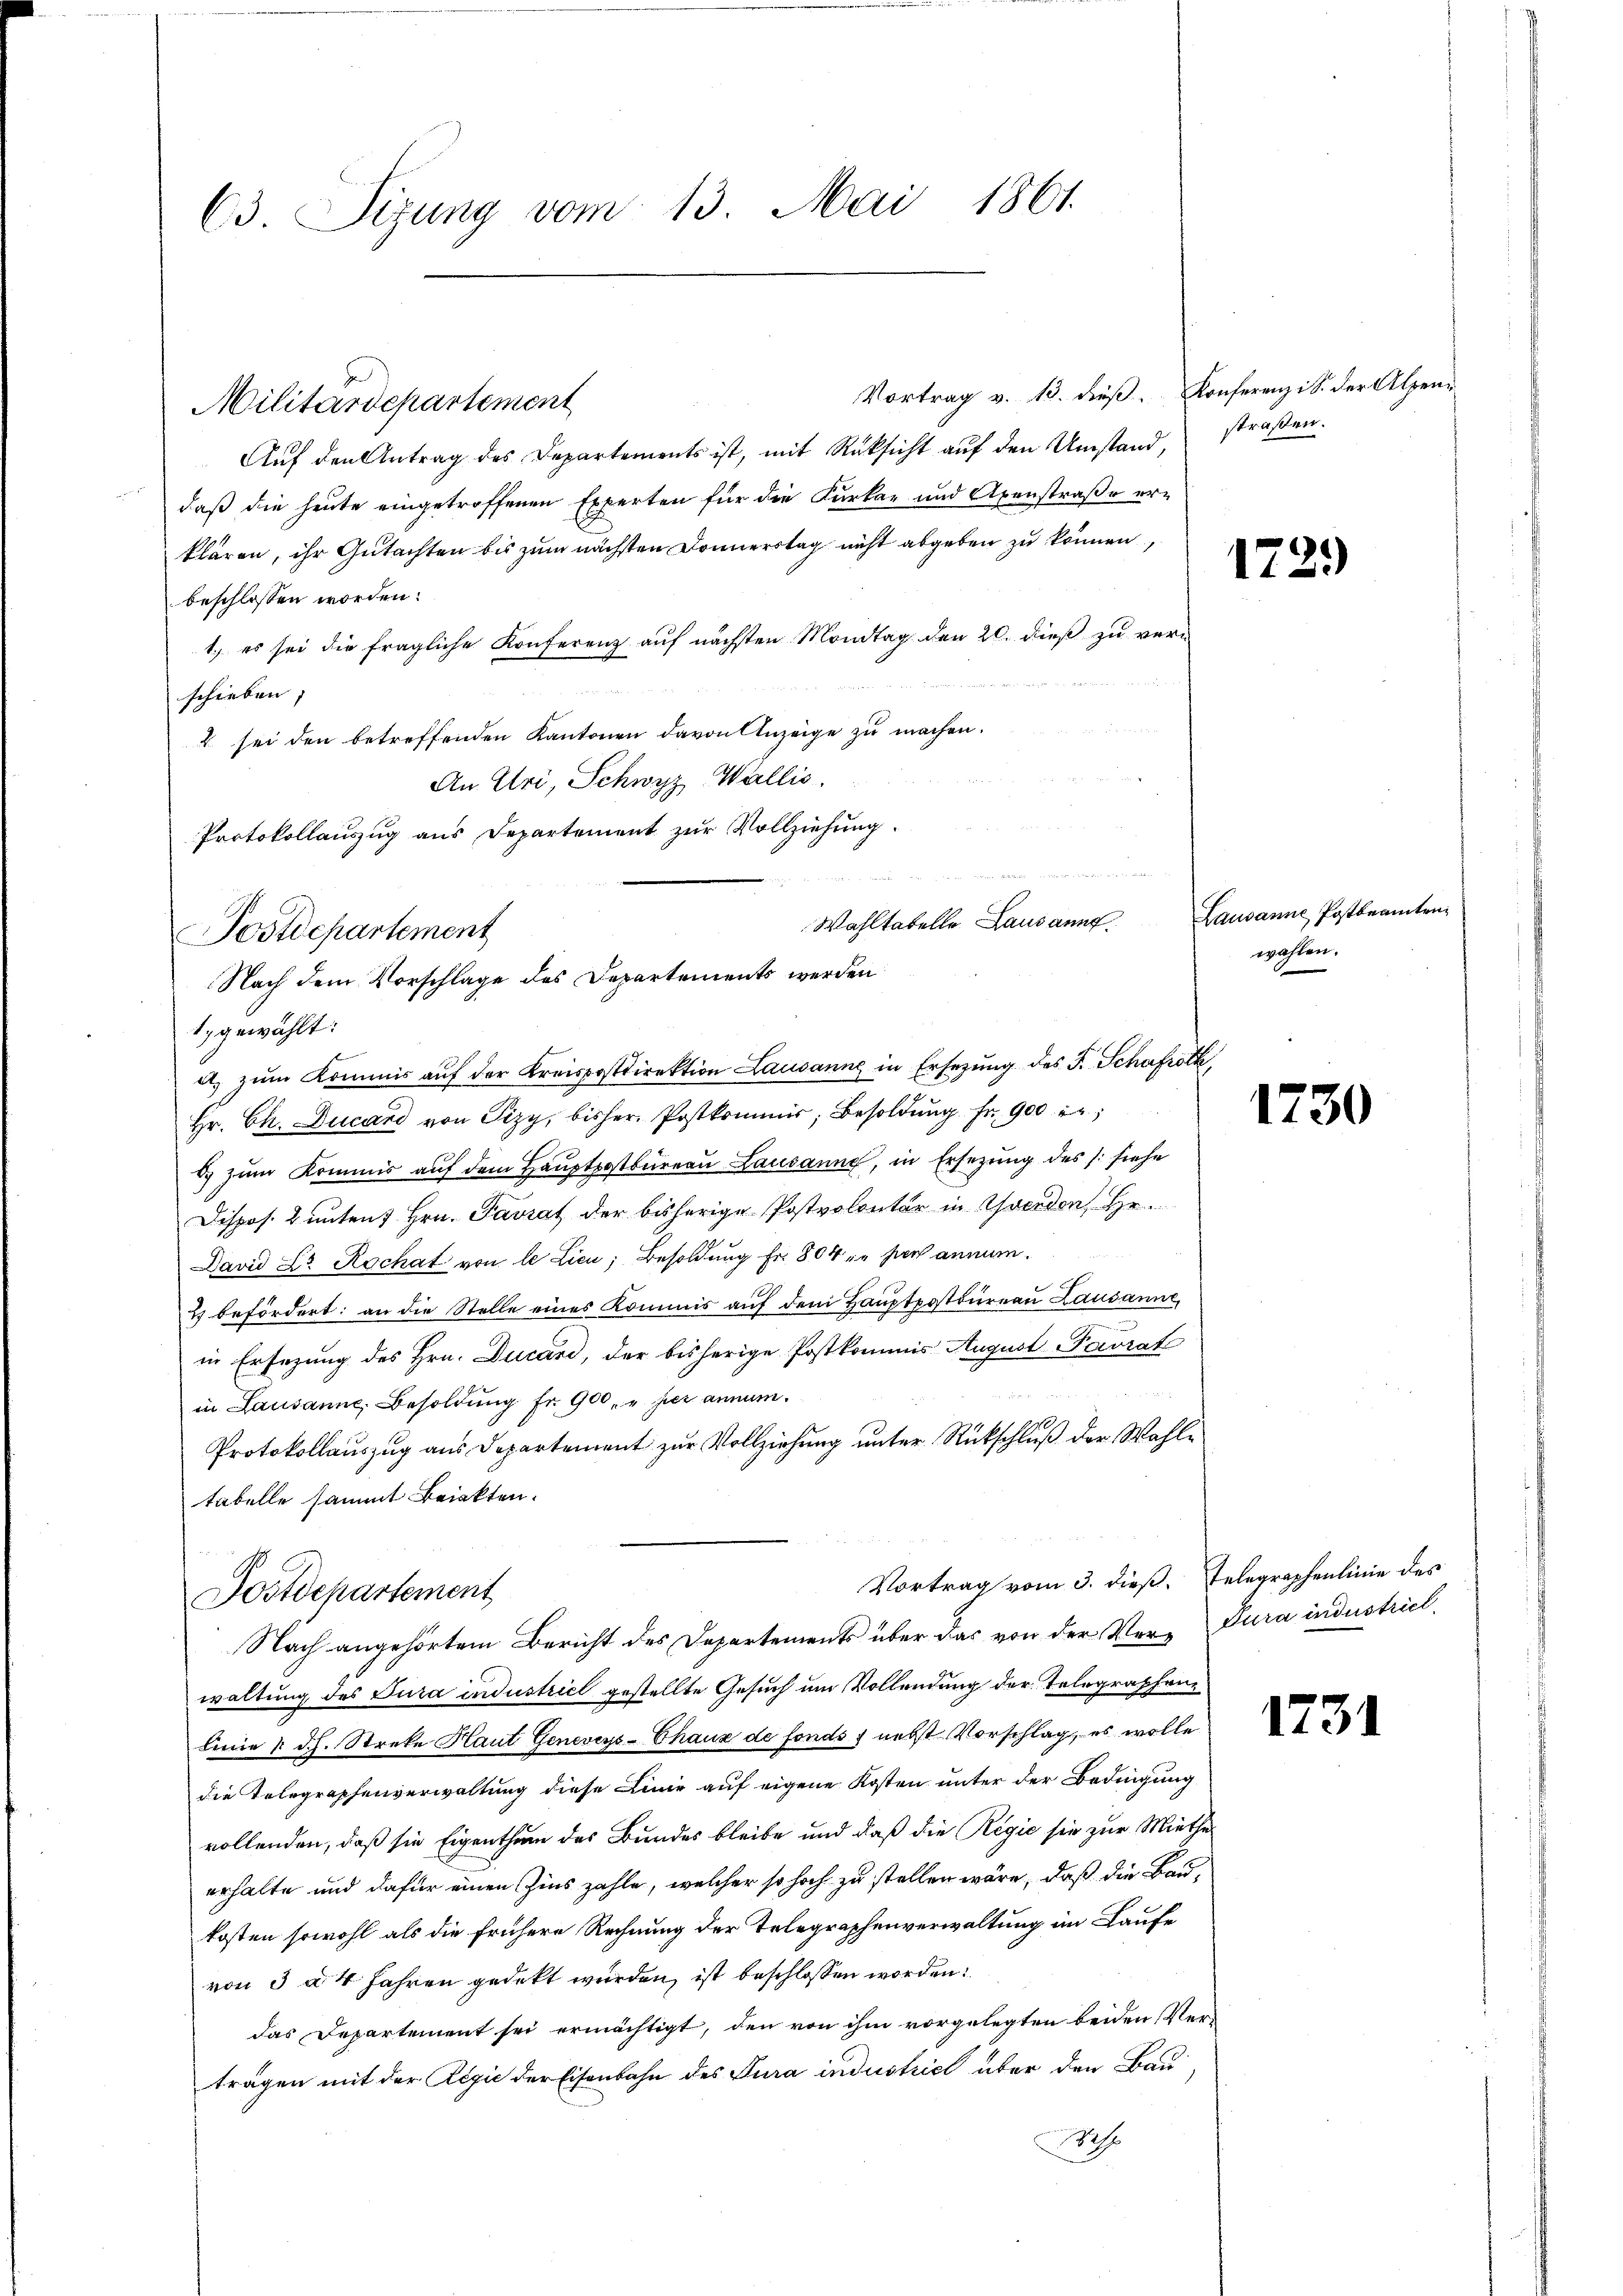
63 Sizung vom 13. Mai 1861.

Vortrag v. 13. dieß. Konferenz i S. der Alpen¬
Aŭf den Antrag des Departements ist, mit Rüksicht aŭf den Umstand straßen.
daß die heute eingetroffenen Experten für die Kurka und Axenstraße erklären, ihr Gutachten bis zum nächsten Donnerstag nicht abgeben zu können,
beschlossen worden.
1.) es sei die fragliche Konferenz auf nächsten Mondtag den 20. dieß zu ver-
schieben,
2 sei den betreffenden Kantonen davon Anzeige zu machen.
An Uri, Schwyz, Wallis.
Protokollauszug aus Departement zur Vollziehung.
e

Militärdepartement

u. zŭm Kommis aŭf der Kreispostdirektion Lausanne in Ersezung des F. Schafrock,
Hr. Ch. Ducar von Pizy, bisher Postkommis, Besoldŭng fr. 900
d) zum Kommis auf dem Hauptpostbureau Lausanne, in Ersezung des /: siehe
Dispos. 2 unten Hrn. Favrat der bisherige Postvolontär in Werden, Hr.
David Dr Rochat von le Licu; Besoldung Fr. 804 in der annum.
2 befördert: an die Stelle eines Kommis aŭf dem Haŭptpostbüreau Lausanne,
e
in Ersezung des Hrn. Ducari, der bisherige Postkommis August Paurat
in Lausanne, Besoldung fr. 900. u hier annum.
Protokollauszug aus Departement zur Vollziehung unter Rückschluß der Wahltabelle sammt Beinkten.
Vortrag vom 3. dieß. Telegraphenlinie des
Postdepartement
Nach angehörtem Bericht des Departements über das von der Ver-Dura industriel
waltung des Jura industriel gestellte Gesuch um Vollendung der Telegraphen¬
Linie (d. h. Streke Haut Geneveys-Chaus de fonds 7 nebst Vorschlag, es wolle
die Telegraphenverwaltung diese Linie auf eigene Kosten unter der Bedingung
vollenden, daß sie Eigenthum des Bundes bleibe und daß die Regie sie zur Miethes
erhalte und dafür einen Zins zahle, welcher so hoch zu stellen wäre, daß die Baukosten sowohl als die frühere Rechnung der Telegraphenverwaltung im Laufe
von 3 à 4 Jahren gedekt wurden, ist beschlossen worden:
das Departement sei ermächtigt, den von ihm vorgelegten beiden Verträgen mit der Regić der Eisenbahn des Tura industriel über den Bauh

Wahltabelle Lausann
Postdepartement
Nach dem Vorschlage des Departements werden
1. gewählt:

12

2)

Lausanne Postbeamten
wahlen.

1730

123